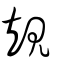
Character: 規